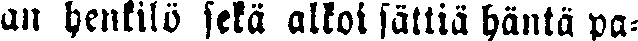
an henkilö sekä alkoi sättiä häntä pa-